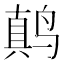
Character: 𱊚